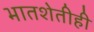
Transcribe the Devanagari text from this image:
भातशेतीही